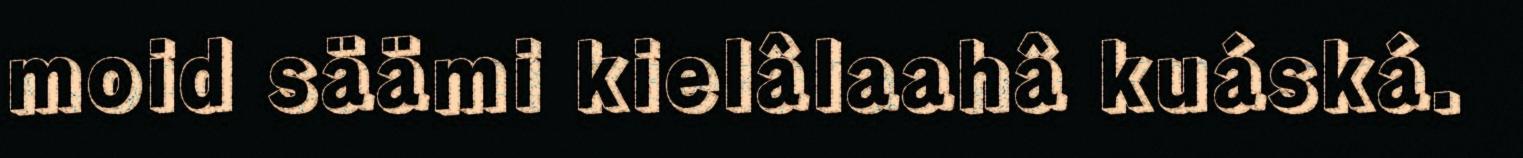
moid säämi kielâlaahâ kuáská.